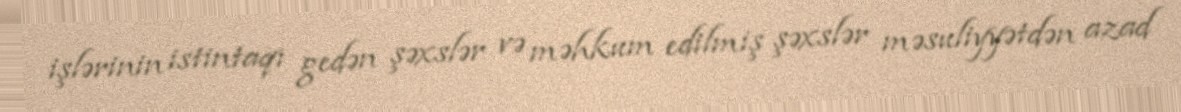
işlərinin istintaqı gedən şəxslər və məhkum edilmiş şəxslər məsuliyyətdən azad